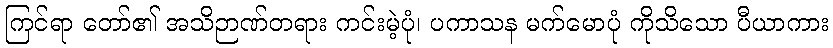
ကြင်ရာ တော်၏ အသိဉာဏ်တရား ကင်းမဲ့ပုံ၊ ပကာသန မက်မောပုံ ကိုသိသော ပီယာကား